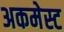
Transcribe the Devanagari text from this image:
अकमेस्ट